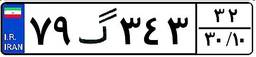
۷۹گ۳۴۳۳۲